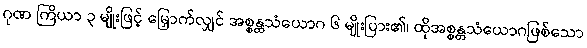
ဂုဏ ကြိယာ ၃ မျိုးဖြင့် မြှောက်လျှင် အစ္စန္တသံယောဂ ၆ မျိုးပြား၏၊ ထိုအစ္စန္တသံယောဂဖြစ်သော